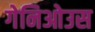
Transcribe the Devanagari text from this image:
गेनिओउस